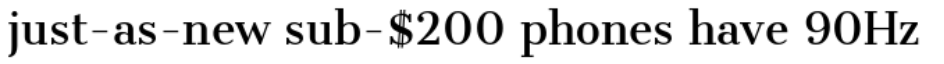
just-as-new sub-$200 phones have 90Hz